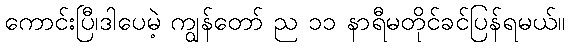
ကောင်းပြီ၊ဒါပေမဲ့ ကျွန်တော် ည ၁၁ နာရီမတိုင်ခင်ပြန်ရမယ်။